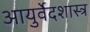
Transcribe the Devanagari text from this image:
आयुर्वेदशास्त्र